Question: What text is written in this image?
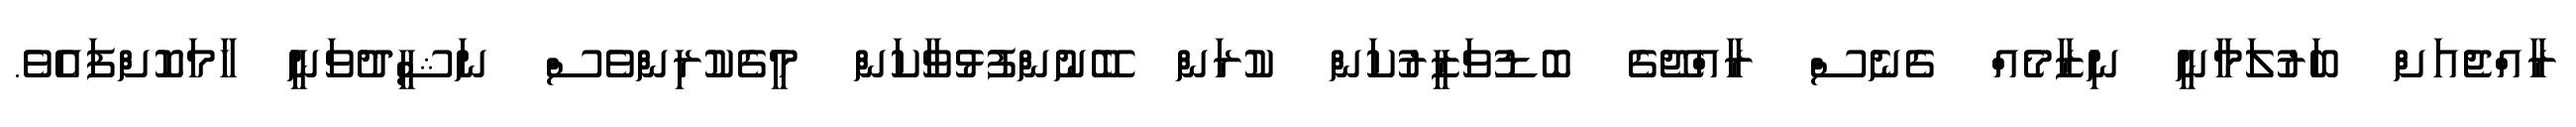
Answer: ރާއްޖެއަށް ބަރުލަމާނީ ނިޒާމެއް ގެނެސް ރާއްޖޭގެ ބޮޑުވަޒީރުކަން ކުރަން ބޭނުންފުޅުވާކަން މީގެކުރިންވެސް ނަޝީދުވަނީ ހާމަކޮށްފައެވެ.